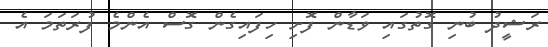
ރަޝީދު ބުނި ގޮތުގައި ވަޑާން ފޮށި ހިފައިގެން ގޮސް އެންމެ ފުރަތަމަ އެ